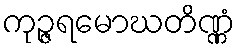
ကုဉ္ဇရမောဃတိဏ္ဏံ